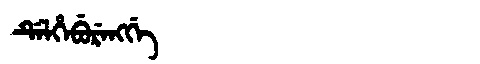
Manchu: ᡩᡝᠯᡥᡝᠪᡠᡵᡝᠩᡤᡝ
Romanization: DELHEBURENGGE